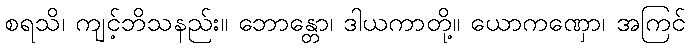
စရသိ၊ ကျင့်ဘိသနည်း။ ဘောန္တော၊ ဒါယကာတို့။ ယောကဏှော၊ အကြင်